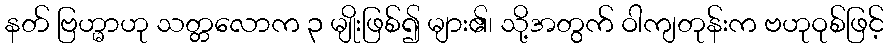
နတ် ဗြဟ္မာဟု သတ္တလောက ၃ မျိုးဖြစ်၍ များ၏၊ သို့အတွက် ဝါကျတုန်းက ဗဟုဝုစ်ဖြင့်